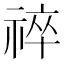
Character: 祽